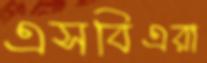
এসবিএরা